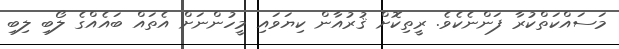
މަސައްކަތްކުރާ ފަންނެކެވެ. ރީތިކޮށް ޤުރުއާން ކިޔަވައި މީހުންނަށް އެތައް ބައެއްގެ ލޯބި ލިބި